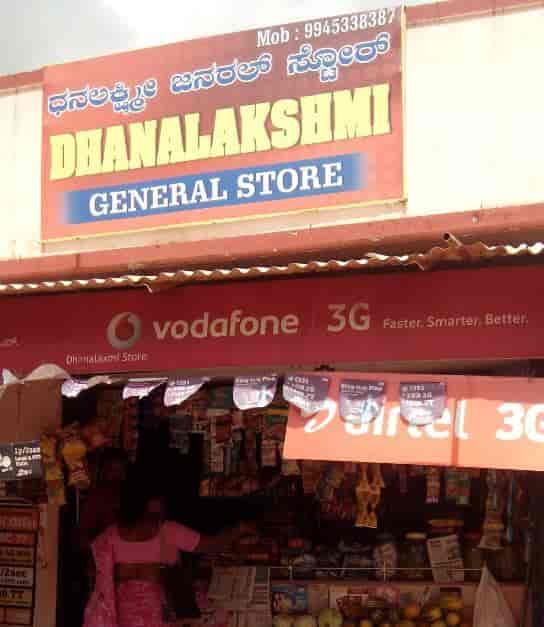
Language: kannada
Transcription: ಧನಲಕ್ಷ್ಮೀ ಜನರಲ್ ಸ್ಟೋರ್